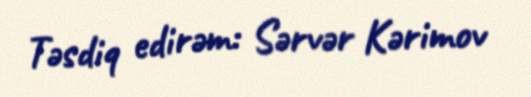
Təsdiq edirəm: Sərvər Kərimov